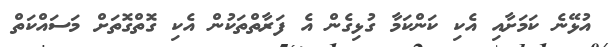
އުޅޭނެ ކަމަށާއި އެކި ކަންކަމާ ގުޅިގެން އެ ފަރާތްތަކުން އެކި ގޮތްގޮތަށް މަސައްކަތް